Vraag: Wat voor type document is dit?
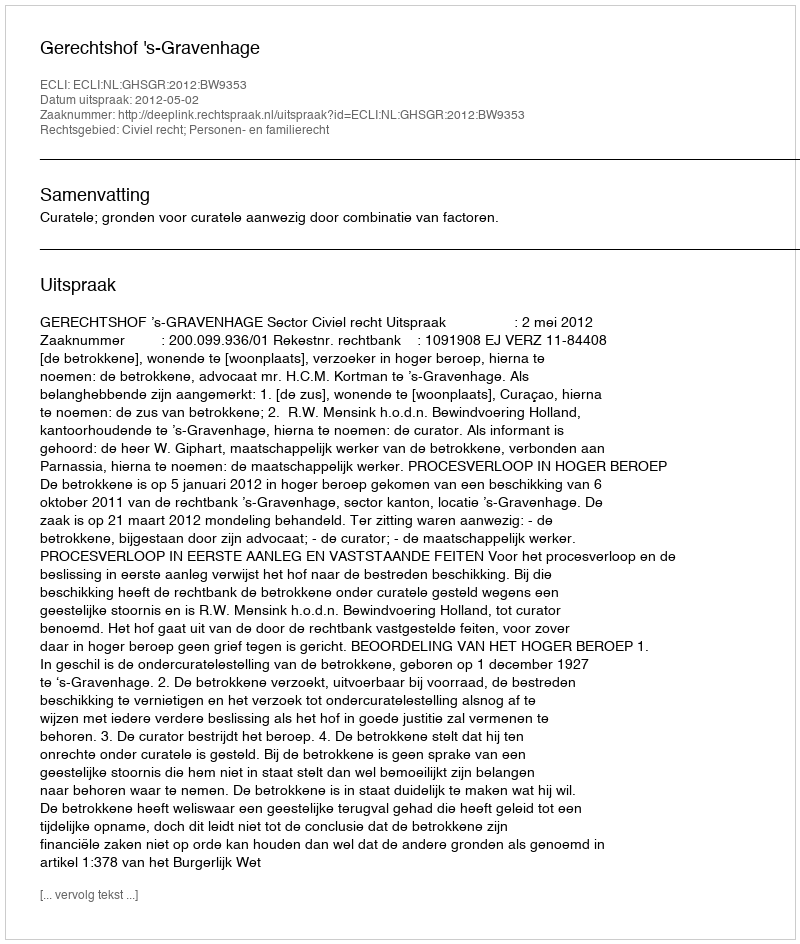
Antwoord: Uitspraak